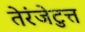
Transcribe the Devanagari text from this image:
तेरंजेटुत्त